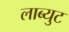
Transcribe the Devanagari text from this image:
लाब्युट